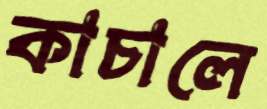
কাচালে